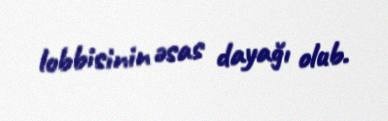
lobbisinin əsas dayağı olub.